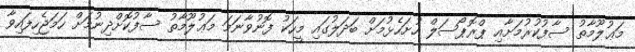
މަޢުލޫމާތު ސާފުކުރުމަށާއި ޕްރޮޕޯސަލް ހުށަހެޅުމަށް ބަދަލުގައި މީހަކު ފޮނުވާނަމަ މަޢުލޫމާތު ސާފުކޮށްދިނުމަށް ހަމަޖެހިފައިވާ